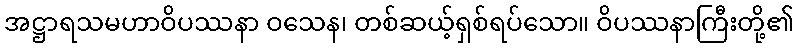
အဋ္ဌာရသမဟာဝိပဿနာ ဝသေန၊ တစ်ဆယ့်ရှစ်ရပ်သော။ ဝိပဿနာကြီးတို့၏